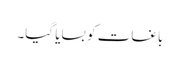
باغات کو بسایا گیا۔